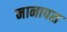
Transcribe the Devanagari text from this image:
मानापस